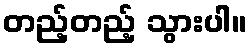
တည့်တည့် သွားပါ။